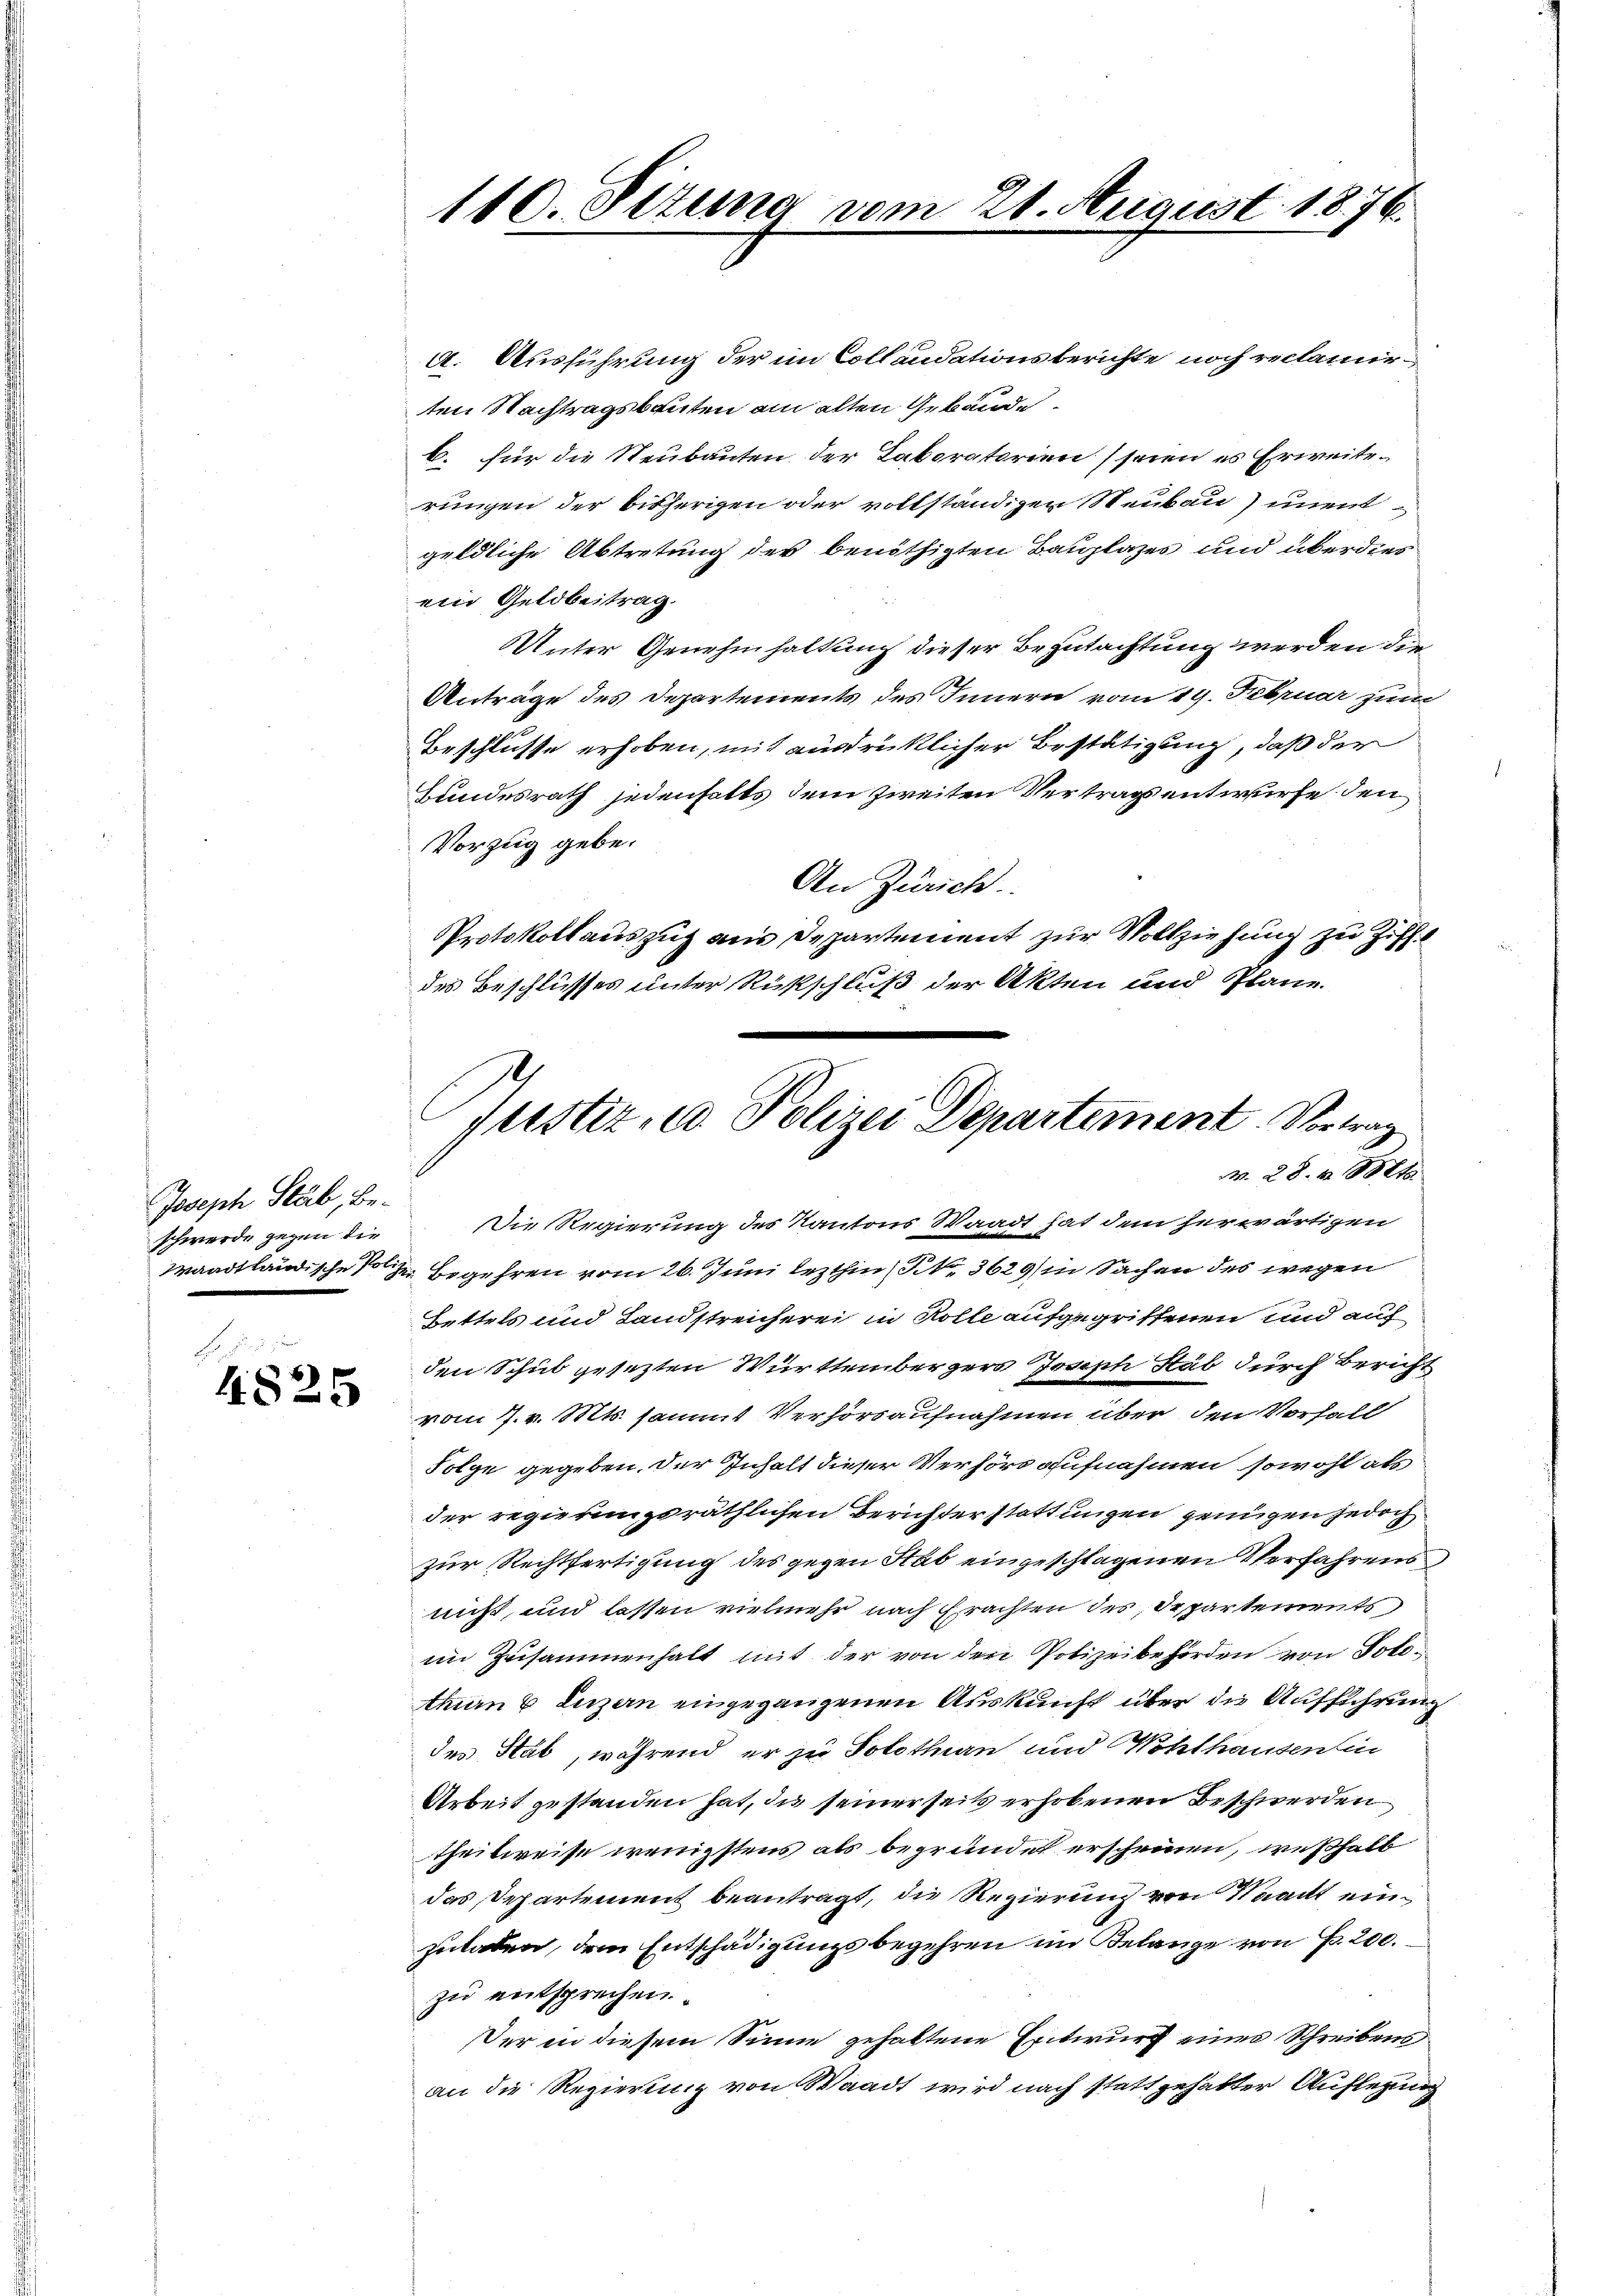
Joseph Stäb, beschwerde gegen die

4825

110. Sttung vom 21. August 1876.

a. Ausführung der im Collaudationsberichte noch reclamir
ten Nachtragsbauten am alten Gebäude.
b. für die Neubauten der Laboratorien (seien es Erweiterungen der bisherigen oder vollständigen Neubau unentgeldliche Abtretung der benöthigten Bauplazes und überdies
ein Geldbeitrag.
UUnter Genehmhaltung dieser Begutachtung werden die
Anträge des Departements des Innern vom 19. Februar zum
Beschlusse erhoben, mit ausdrüklicher Bestätigung, daß der
Bundesrath jedenhalts dem zweiten Vertragsentwurfe den
Vorzug gebe.
An Zürich.
Protokollauszug aus Departement zur Vollziehung zu Ziff.
des Beschlusses unter Rückschluß der Akten und Plane.

Justiz, u. Polizei Departement. Vortrag
N. 28. v. 1804.

Die Regierung des Kantons Waadt hat dem herwärtigen
Waadtländische 12. Begehren vom 26. Juni lezthin (S. 3629 in Sachen des wegen
Bettels und Landstreicherei in Rolle aufgegriffenen und auf
den Schub gesezten Württembergers Joseph Stäb durch Bericht
vom 7. v. Mts. sammt Verhörsaufnahmen über den Vorfall
Folge gegeben, der Inhalt dieser Verhört aufnahmen sowohl als
der regierungsräthlichen Berichterstattungen genügen jedoch
zur Rechtfertigung des gegen Stab eingeschlagenen Verfahrens
nicht, und lassen vielmehr nach Erachten der Departements
im Zusammenhalt mit der von der Polizeibehörden von Polo¬
Amon 6 Luzern eingegangenen Auskunft über die Aufführung
des Stab, während er zu Solothurn und Wohlhausenlin
Arbeit gestanden hat, die seinerseits erhobenen Beschwerden
theilweise wenigstens als begründet erscheinen, weßhalb
das Departement beantragt, die Regierung von Waadt einzuladen, dem Entschädigungsbegehren im Belange von P. 200.
zu entsprechen.
Der in diesem Sinne gehaltene Entwurf eines Schreibens
an die Regierung von Waadt wird nach statt gehabter Auflegung